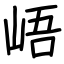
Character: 峿